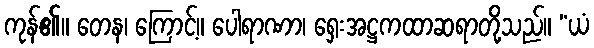
ကုန်၏။ တေန၊ ကြောင့်။ ပေါရာဏာ၊ ရှေးအဋ္ဌကထာဆရာတို့သည်။ “ယံ